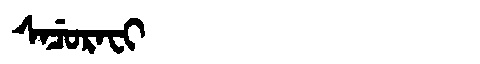
Manchu: ᠰᠠᠴᡠᡵᠠᠸᡳ
Romanization: SACURAFI